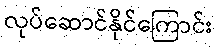
လုပ်ဆောင်နိုင်ကြောင်း